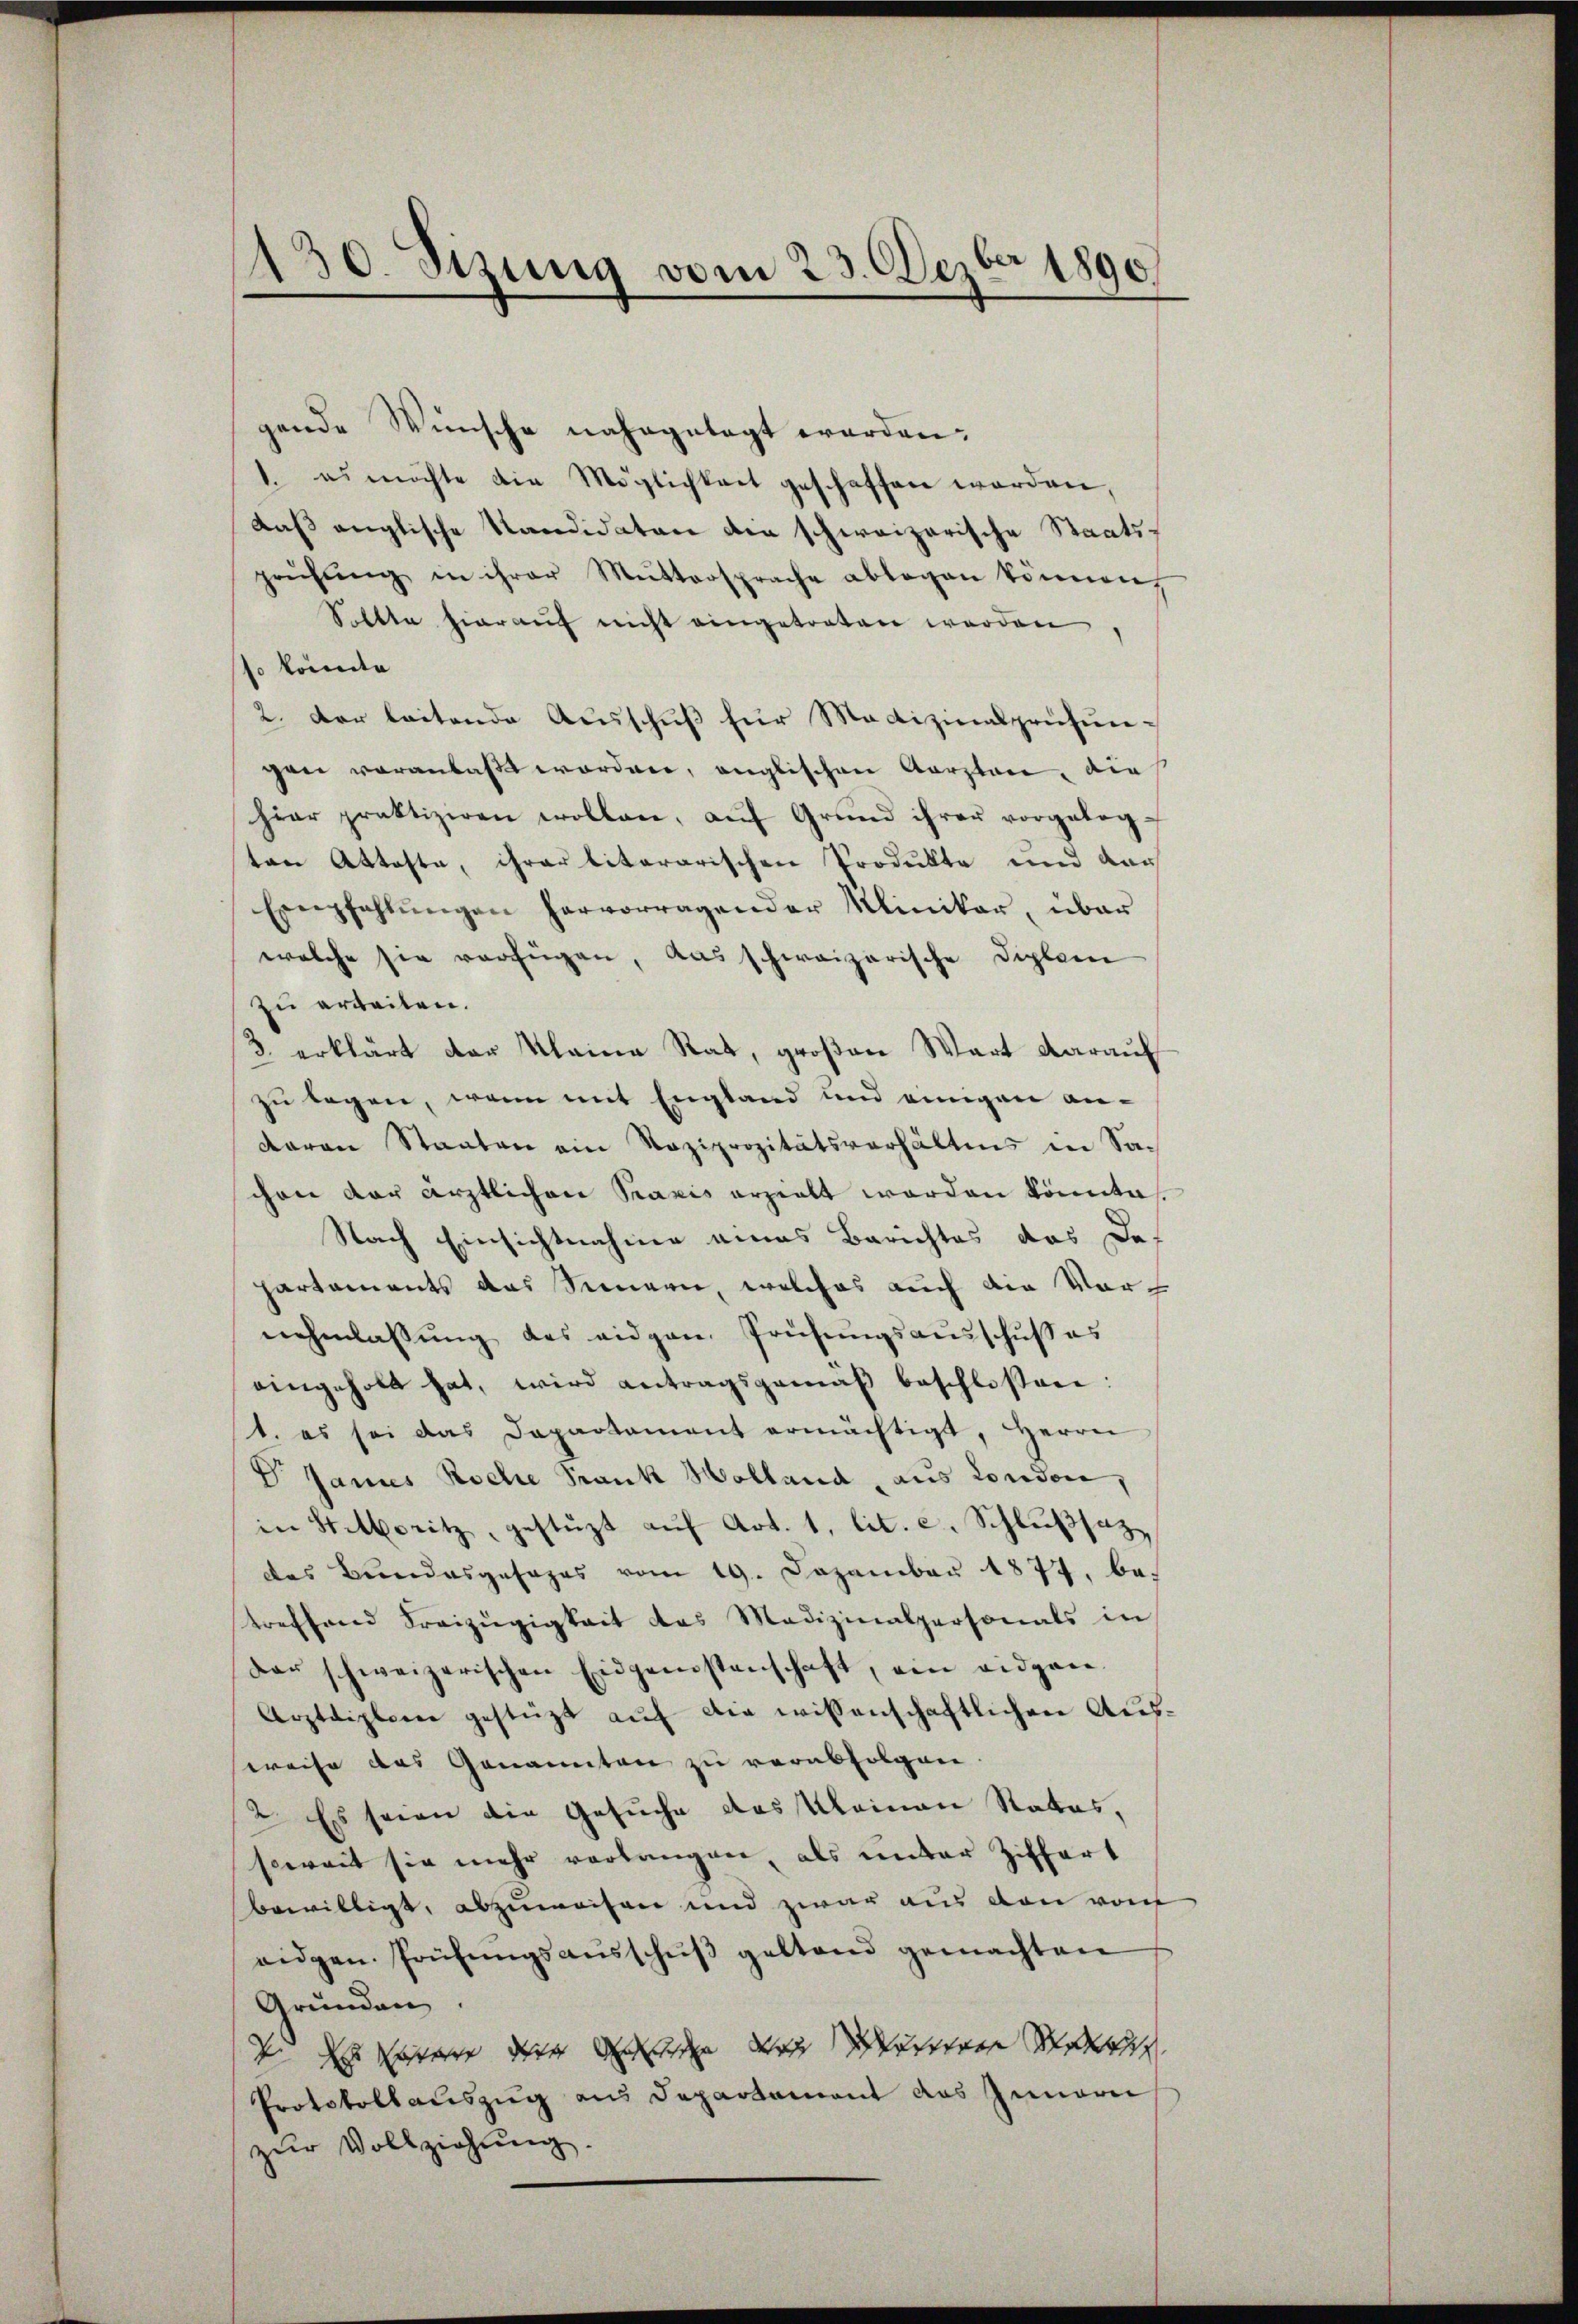
130. Sizung vom 23. Dezbr 1890.

gende Wünsche nahegetagt worden.
1. es möchte die Möglichkeit geschaffen worden,
daß anglische Kandidaten der schweizerische Staatsprüfŭng in ihrer Mŭttersprache ablegen können,
Sollte hieraŭf nicht eingetreten werden,
so könnte
2. Der leitende Aŭsschŭβ für Medizinalprüfŭn-
gen voranlaßt worden, englischen Aerzten, die
hier praktiziren wollen, aŭf Grŭnd ihrer vorgeleg-
ten Atteste, ihrer litararischen Produkte und dar
Empfehlŭngen hervorragender Miniker, über
welche sie verfügen, das schweizerische Diplome
zu erweilen.
3. erklärt der Kleine Rat, großen Wart darauf
zu legen, wenn mit England und einigen angaran Staaten ein Roziprozitätsverhältnis in Sachen der ärztlichen Praxis erzielt worden könnte.
Nach Einsichtnahme eines Berichtes das De
partaments das Sinnern, welches auch die Vor
nehmlassŭng des eidgen. Prüfŭngsausschuß es
eingeholt hat, wird antragsgemäß beschlossen:
1. es sei das Departament ermächtigt, Herrn
V. Jannes Roche Frank Holland, aus London,
in Statoritz gestüzt aŭf Art. 1, lit. c. Schlŭβsaz
des Bundesgesages vom 19. Dezember 1877, betreffend Freizügigkeit das Medizinalpersonals in
Dar schweizerischen Eidgenstenschaft, ein eidgan-
Arztdiplome gestützt auf die wissenschaftlichen Ausweise das Genannten zu verabfolgen
2. Es seien die Gesuche das Meinen Rates,
soweit sie mehr verlangen, als unter Ziffert
bewilligt, abzuweisen und zwar aus den von
eidgen. Prüfŭngsaŭsschŭβ geltend gemachten
Gründen.
 itere der den war unsere Mari
Protokollauszug aus Departement das Innern
zur Vollziehung.